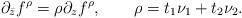
LaTeX: \begin{align*}\partial_{\bar z} f^\rho =\rho \partial_z f^\rho,\qquad \rho=t_1\nu_1+t_2\nu_2.\end{align*}